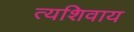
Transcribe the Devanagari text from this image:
त्यशिवाय